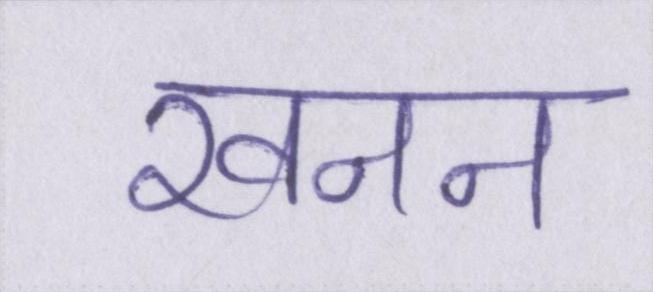
खनन